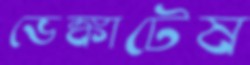
ভেঙ্কাটেষ